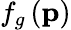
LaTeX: f_{g}\left(\mathbf{p}\right)